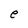
Character: e